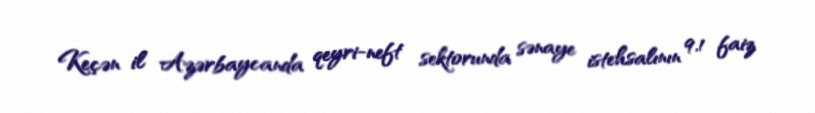
Keçən il Azərbaycanda qeyri-neft sektorunda sənaye istehsalının 9,1 faiz